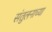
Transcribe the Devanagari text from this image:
संतुलनाच्या